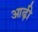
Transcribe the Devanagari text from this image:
आढ़ी